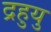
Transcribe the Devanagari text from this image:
द्रहुयु